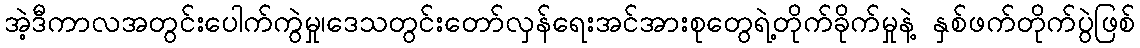
အဲ့ဒီကာလအတွင်းပေါက်ကွဲမှု၊ဒေသတွင်းတော်လှန်ရေးအင်အားစုတွေရဲ့တိုက်ခိုက်မှုနဲ့ နှစ်ဖက်တိုက်ပွဲဖြစ်